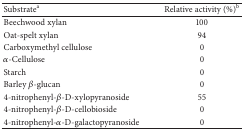
<table><thead><tr><td><b>Substrate<sup>a</sup></b></td><td><b>Relative activity (%)<sup>b</sup></b></td></tr></thead><tbody><tr><td>Beechwood xylan</td><td>100</td></tr><tr><td>Oat-spelt xylan</td><td>94</td></tr><tr><td>Carboxymethyl cellulose</td><td>0</td></tr><tr><td><i>α</i>-Cellulose</td><td>0</td></tr><tr><td>Starch</td><td>0</td></tr><tr><td>Barley <i>β</i>-glucan</td><td>0</td></tr><tr><td>4-nitrophenyl-<i>β</i>-D-xylopyranoside</td><td>55</td></tr><tr><td>4-nitrophenyl-<i>β</i>-D-cellobioside</td><td>0</td></tr><tr><td>4-nitrophenyl-<i>α</i>-D-galactopyranoside</td><td>0</td></tr></tbody></table>